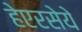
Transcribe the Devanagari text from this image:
हेएरसेये